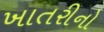
ખાતરીનો